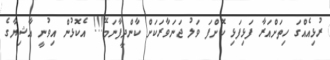
ރުޅިއެއްގަ ހިތަށްއަރާ ފަޅިފަޅި ކޮށްފަ ވަލު ޖަނަވާރަކަށް ކާންދީފާނަމޭ!!! އެކޮޅުން އިވުނީ އާޝިޔާގެ